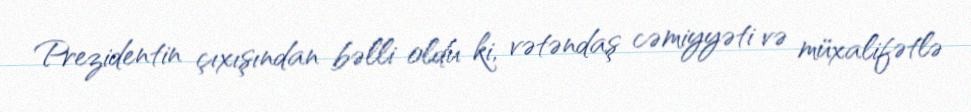
Prezidentin çıxışından bəlli oldu ki, vətəndaş cəmiyyəti və müxalifətlə